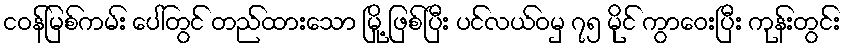
ငဝန်မြစ်ကမ်း ပေါ်တွင် တည်ထားသော မြို့ ဖြစ်ပြီး ပင်လယ်ဝမှ ၇၅ မိုင် ကွာဝေးပြီး ကုန်းတွင်း